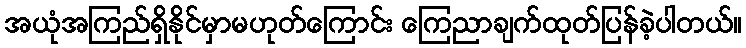
အယုံအကြည်ရှိနိုင်မှာမဟုတ်ကြောင်း ကြေညာချက်ထုတ်ပြန်ခဲ့ပါတယ်။